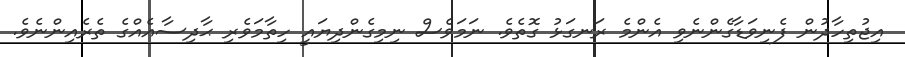
އިޖުތިހާދުން ފެނިވަޑާގެންނެވި އެންމެ ރަނގަޅު ގޮތެވެ. ނަމަވެސް ނިމިގެންދިޔައީ ހިތާމަވެރި ޙާދިސާއެއްގެ ތެރެއިންނެވެ.